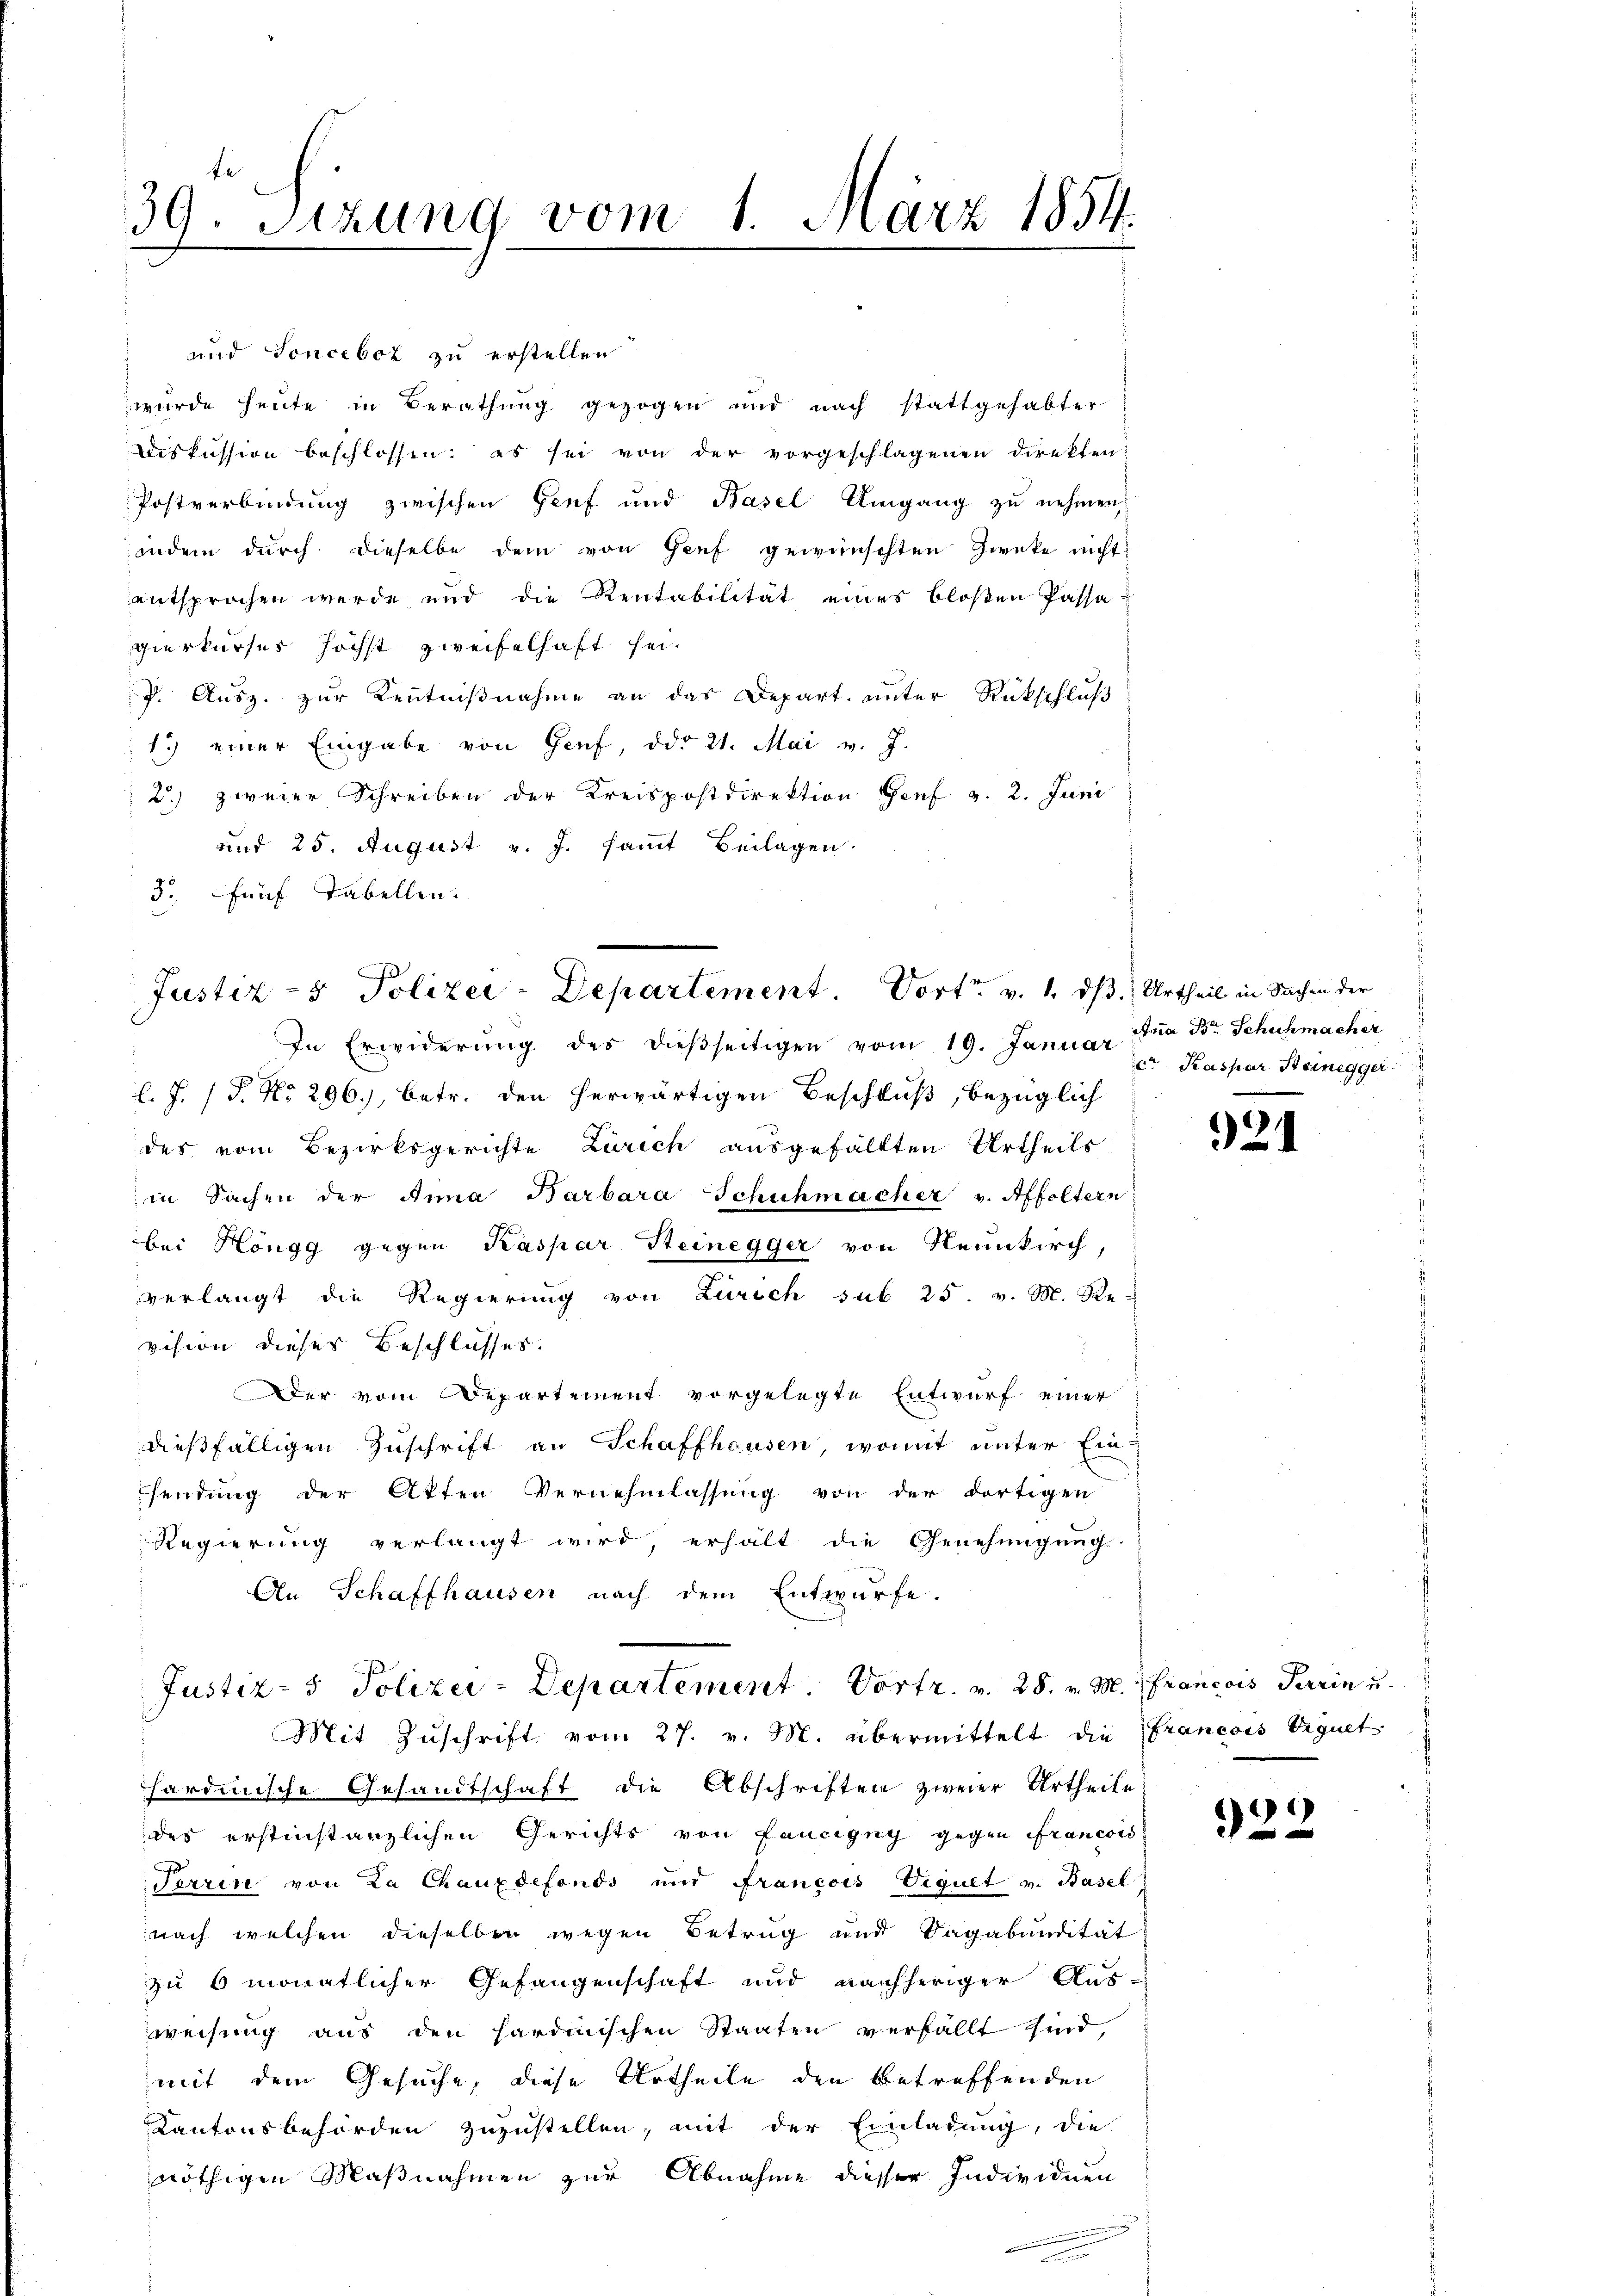
39. Sizung vom 1. März 1854.

und Sonceboz zu erstellen
wurde heute in Berathung gezogen und nach stattgehabter
Diskussion beschlossen: es sei von der vorgeschlagenen Direkten-
Postverbindung zwischen Genf und Basel Umgang zu nehmen
indem durch dieselbe dem von Genf gewünschten Zwecke nicht
entsprochen werde und die Rentabilität eines bloßen Passapierkurses höchst zweifelhaft sei.
f. Ausz. zur Kenntnißnahme an das Depart. unter Rückschluß
1.) einer Eingabe von Genf, ddo 21. Mai v. J.
2.) zweier Schreiben der Kreispostdirektion Genf v. 2. Juni
und 25. August v. J. sammt Beilagen.
3. fünf Tabellen.
In Erwiderung des dießseitigen vom 19. Januar Ana Br. Schuhmacher
l. J. (T. No 296), betr. den herwärtigen Beschluß, bezüglich
des vom Bezirksgerichte Zürich ausgefällten Urtheils
in Sachen der Anna Barbara Schuhmacher v. Affoltern
bei Höngg gegen Kaspar Steinegger von Neunkirch,
verlangt die Regierung von Zürich sub 25. v. M. Re-
vision dieser Beschlusses.
Der vom Departement vorgelegte Entwurf einer
dießfälligen Zuschrift an Schaffhausen, womit unter Ein-
sendung der Akten Vernehmlassung von der dortigen
Regierung verlangt wird, erhält die Genehmigung.
An Schaffhausen nach dem Entwürfe.
Justiz- & Polizei-Departement Vortr. v. 28. v. M. Francois Terrin u.
Mit Zŭschrift vom 27. v. M. übermittelt die Francois Erguet
hardinische Gesandtschaft die Abschriften zweier Urtheile
des erstinstanzlichen Gerichts von Lancigny gegen Francois
e
Serrin von La Chauxdefonds und Francois Viguet v. Basel
nach welchen dieselben wegen Betrug und Vagabandität
zu 6 monatlicher Gefangenschaft und nachheriger Aus-
weisung aus den sardinischen Staaten verfällt sind,
mit dem Gesuche, diese Urtheile den betreffenden
Kantonsbehörden zuzustellen, mit der Einladung, die
nöthigen Maßnahmen zur Abnahme diesser Individuen

Justiz- & Polizei-Departement. Dort v. 1. ds. Urtheil in Sachen der

c. Kaspar Steinegger.

921

922